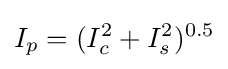
I_{p}=(I_{c}^{2}+I_{s}^{2})^{0.5}